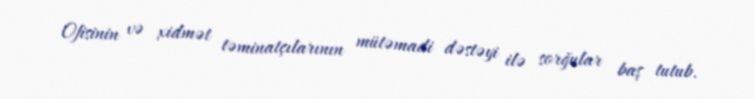
Ofisinin və xidmət təminatçılarının mütəmadi dəstəyi ilə sorğular baş tutub.